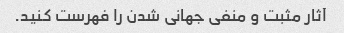
آثار مثبت و منفی جهانی شدن را فهرست کنید.